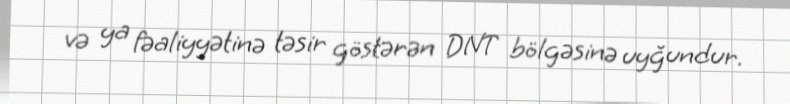
və ya fəaliyyətinə təsir göstərən DNT bölgəsinə uyğundur.